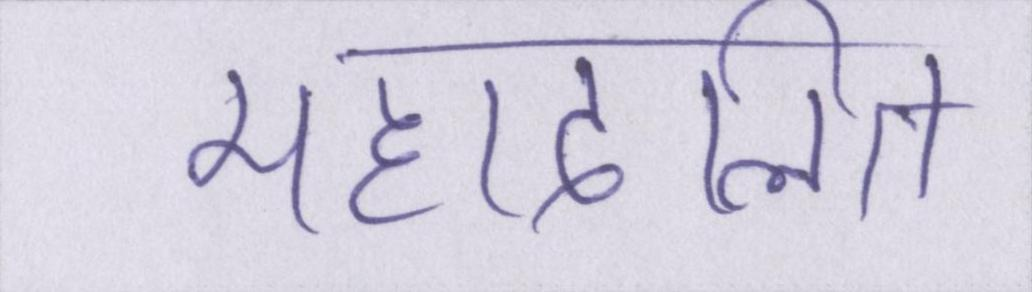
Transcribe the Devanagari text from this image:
महादलित